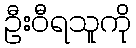
ဦးဝီရသူကို